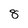
Character: 8